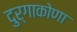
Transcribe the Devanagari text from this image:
दुर्गाकोणा